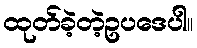
ထုတ်ခဲ့တဲ့ဥပဒေပါ။